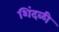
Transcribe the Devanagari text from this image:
शिंदळी